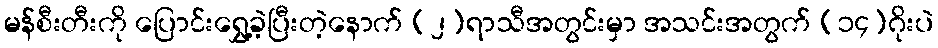
မန်စီးတီးကို ပြောင်းရွှေ့ခဲ့ပြီးတဲ့နောက် (၂)ရာသီအတွင်းမှာ အသင်းအတွက် (၁၄)ဂိုးပဲ